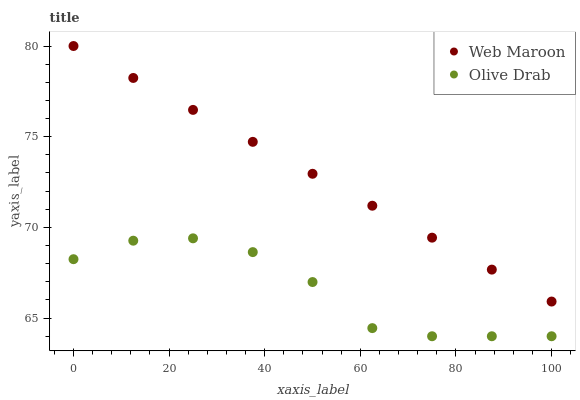
| xaxis_label | Web Maroon | Olive Drab |
 | --- | --- | --- |
 | 0 | 80 | 68.2 |
 | 12.5 | 78.2 | 69.3 |
 | 25 | 76.5 | 69.4 |
 | 37.5 | 74.7 | 68.6 |
 | 50 | 73 | 67 |
 | 62.5 | 71.2 | 64.4 |
 | 75 | 69.4 | 64 |
 | 87.5 | 67.7 | 64 |
 | 100 | 65.9 | 64 |